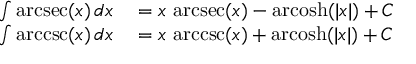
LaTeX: \begin{array} { r l } { \int \operatorname { a r c s e c } ( x ) \, d x } & { { } { } = x \, \operatorname { a r c s e c } ( x ) - \operatorname { a r c o s h } ( | x | ) + C } \\ { \int \operatorname { a r c c s c } ( x ) \, d x } & { { } { } = x \, \operatorname { a r c c s c } ( x ) + \operatorname { a r c o s h } ( | x | ) + C } \end{array}